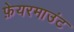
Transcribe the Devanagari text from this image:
फ़ेयरमाउंट